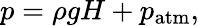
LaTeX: p=\rho gH+p_{\mathrm{atm}},